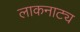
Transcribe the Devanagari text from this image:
लाकनाट्य